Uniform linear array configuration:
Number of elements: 12
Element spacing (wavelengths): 0.5
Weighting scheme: kaiser
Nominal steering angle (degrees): -60
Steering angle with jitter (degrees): -61.124
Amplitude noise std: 0.05
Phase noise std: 0.05

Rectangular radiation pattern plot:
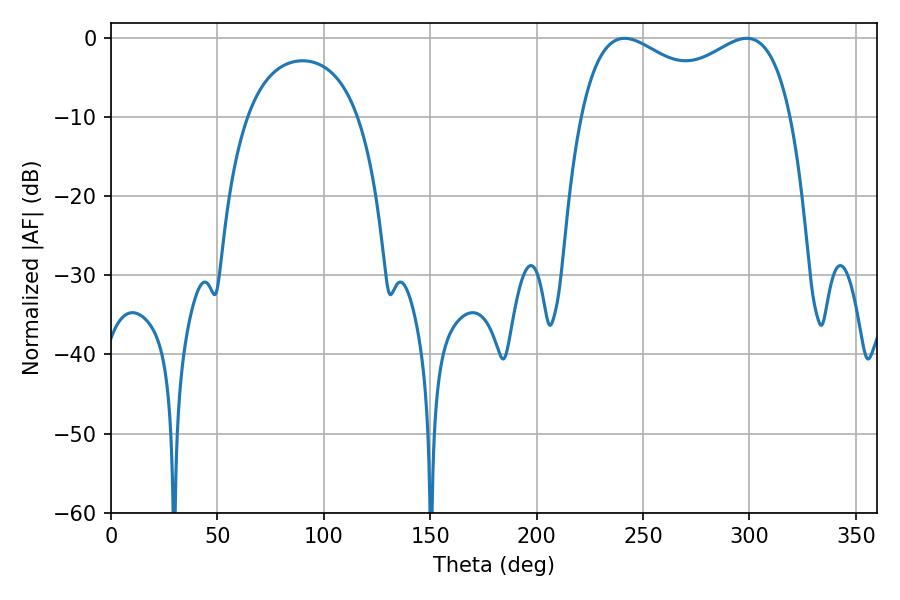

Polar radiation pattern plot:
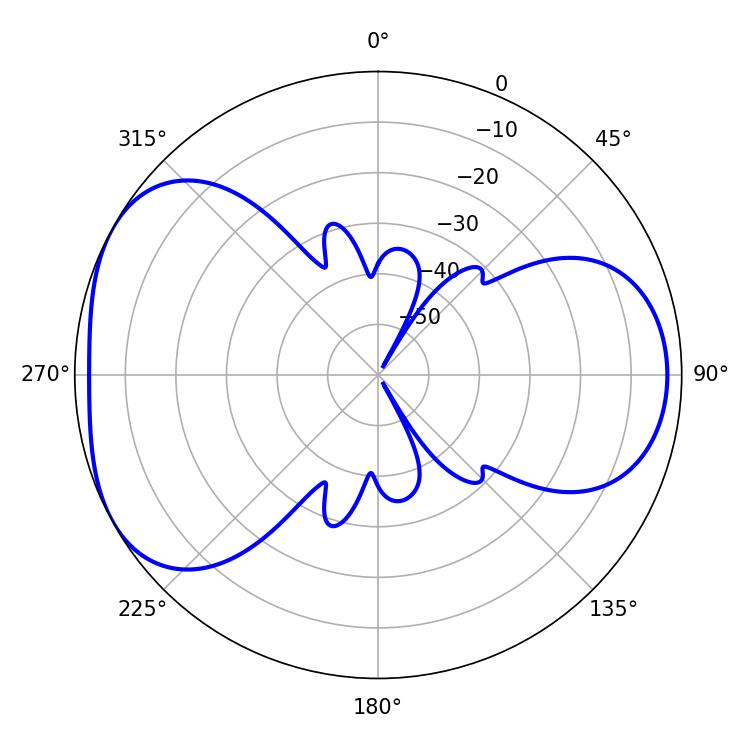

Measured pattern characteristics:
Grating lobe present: FALSE
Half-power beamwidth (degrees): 82.44
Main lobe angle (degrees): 241.38